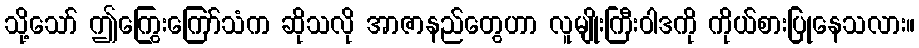
သို့သော် ဤကြွေးကြော်သံက ဆိုသလို အာဇာနည်တွေဟာ လူမျိုးကြီးဝါဒကို ကိုယ်စားပြုနေသလား။